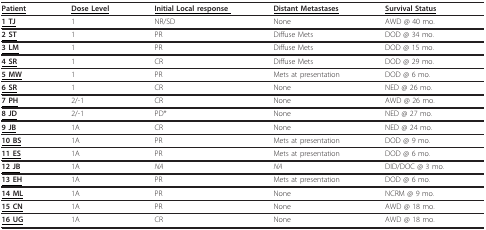
<table><thead><tr><td><b><underline>Patient</underline></b></td><td><b><underline>Dose Level</underline></b></td><td><b><underline>Initial Local response </underline></b></td><td><b><underline>Distant Metastases</underline></b></td><td><b><underline>Survival Status</underline></b></td></tr></thead><tbody><tr><td><b><underline>1 TJ</underline></b></td><td>1</td><td>NR/SD</td><td>None</td><td>AWD @ 40 mo.</td></tr><tr><td><b><underline>2 ST</underline></b></td><td>1</td><td>PR</td><td>Diffuse Mets</td><td>DOD @ 34 mo.</td></tr><tr><td><b><underline>3 LM</underline></b></td><td>1</td><td>PR</td><td>Diffuse Mets</td><td>DOD @ 15 mo.</td></tr><tr><td><b><underline>4 SR</underline></b></td><td>1</td><td>CR</td><td>Diffuse Mets</td><td>DOD @ 29 mo.</td></tr><tr><td><b><underline>5 MW</underline></b></td><td>1</td><td>PR</td><td>Mets at presentation</td><td>DOD @ 6 mo.</td></tr><tr><td><b><underline>6 SR</underline></b></td><td>1</td><td>CR</td><td>None</td><td>NED @ 26 mo.</td></tr><tr><td><b><underline>7 PH</underline></b></td><td>2/-1</td><td>CR</td><td>None</td><td>AWD @ 26 mo.</td></tr><tr><td><b><underline>8 JD</underline></b></td><td>2/-1</td><td>PD*</td><td>None</td><td>NED @ 27 mo.</td></tr><tr><td><b><underline>9 JB</underline></b></td><td>1A</td><td>CR</td><td>None</td><td>NED @ 24 mo.</td></tr><tr><td><b><underline>10 BS</underline></b></td><td>1A</td><td>PR</td><td>Mets at presentation</td><td>DOD @ 9 mo.</td></tr><tr><td><b><underline>11 ES</underline></b></td><td>1A</td><td>PR</td><td>Mets at presentation</td><td>DOD @ 6 mo.</td></tr><tr><td><b><underline>12 JB</underline></b></td><td>1A</td><td><i>NA</i></td><td><i>NA</i></td><td>DID/DOC @ 3 mo.</td></tr><tr><td><b><underline>13 EH</underline></b></td><td>1A</td><td>PR</td><td>Mets at presentation</td><td>DOD @ 6 mo.</td></tr><tr><td><b><underline>14 ML</underline></b></td><td>1A</td><td>PR</td><td>None</td><td>NCRM @ 9 mo.</td></tr><tr><td><b><underline>15 CN</underline></b></td><td>1A</td><td>PR</td><td>None</td><td>AWD @ 18 mo.</td></tr><tr><td><b><underline>16 UG</underline></b></td><td>1A</td><td>CR</td><td>None</td><td>AWD @ 18 mo.</td></tr></tbody></table>